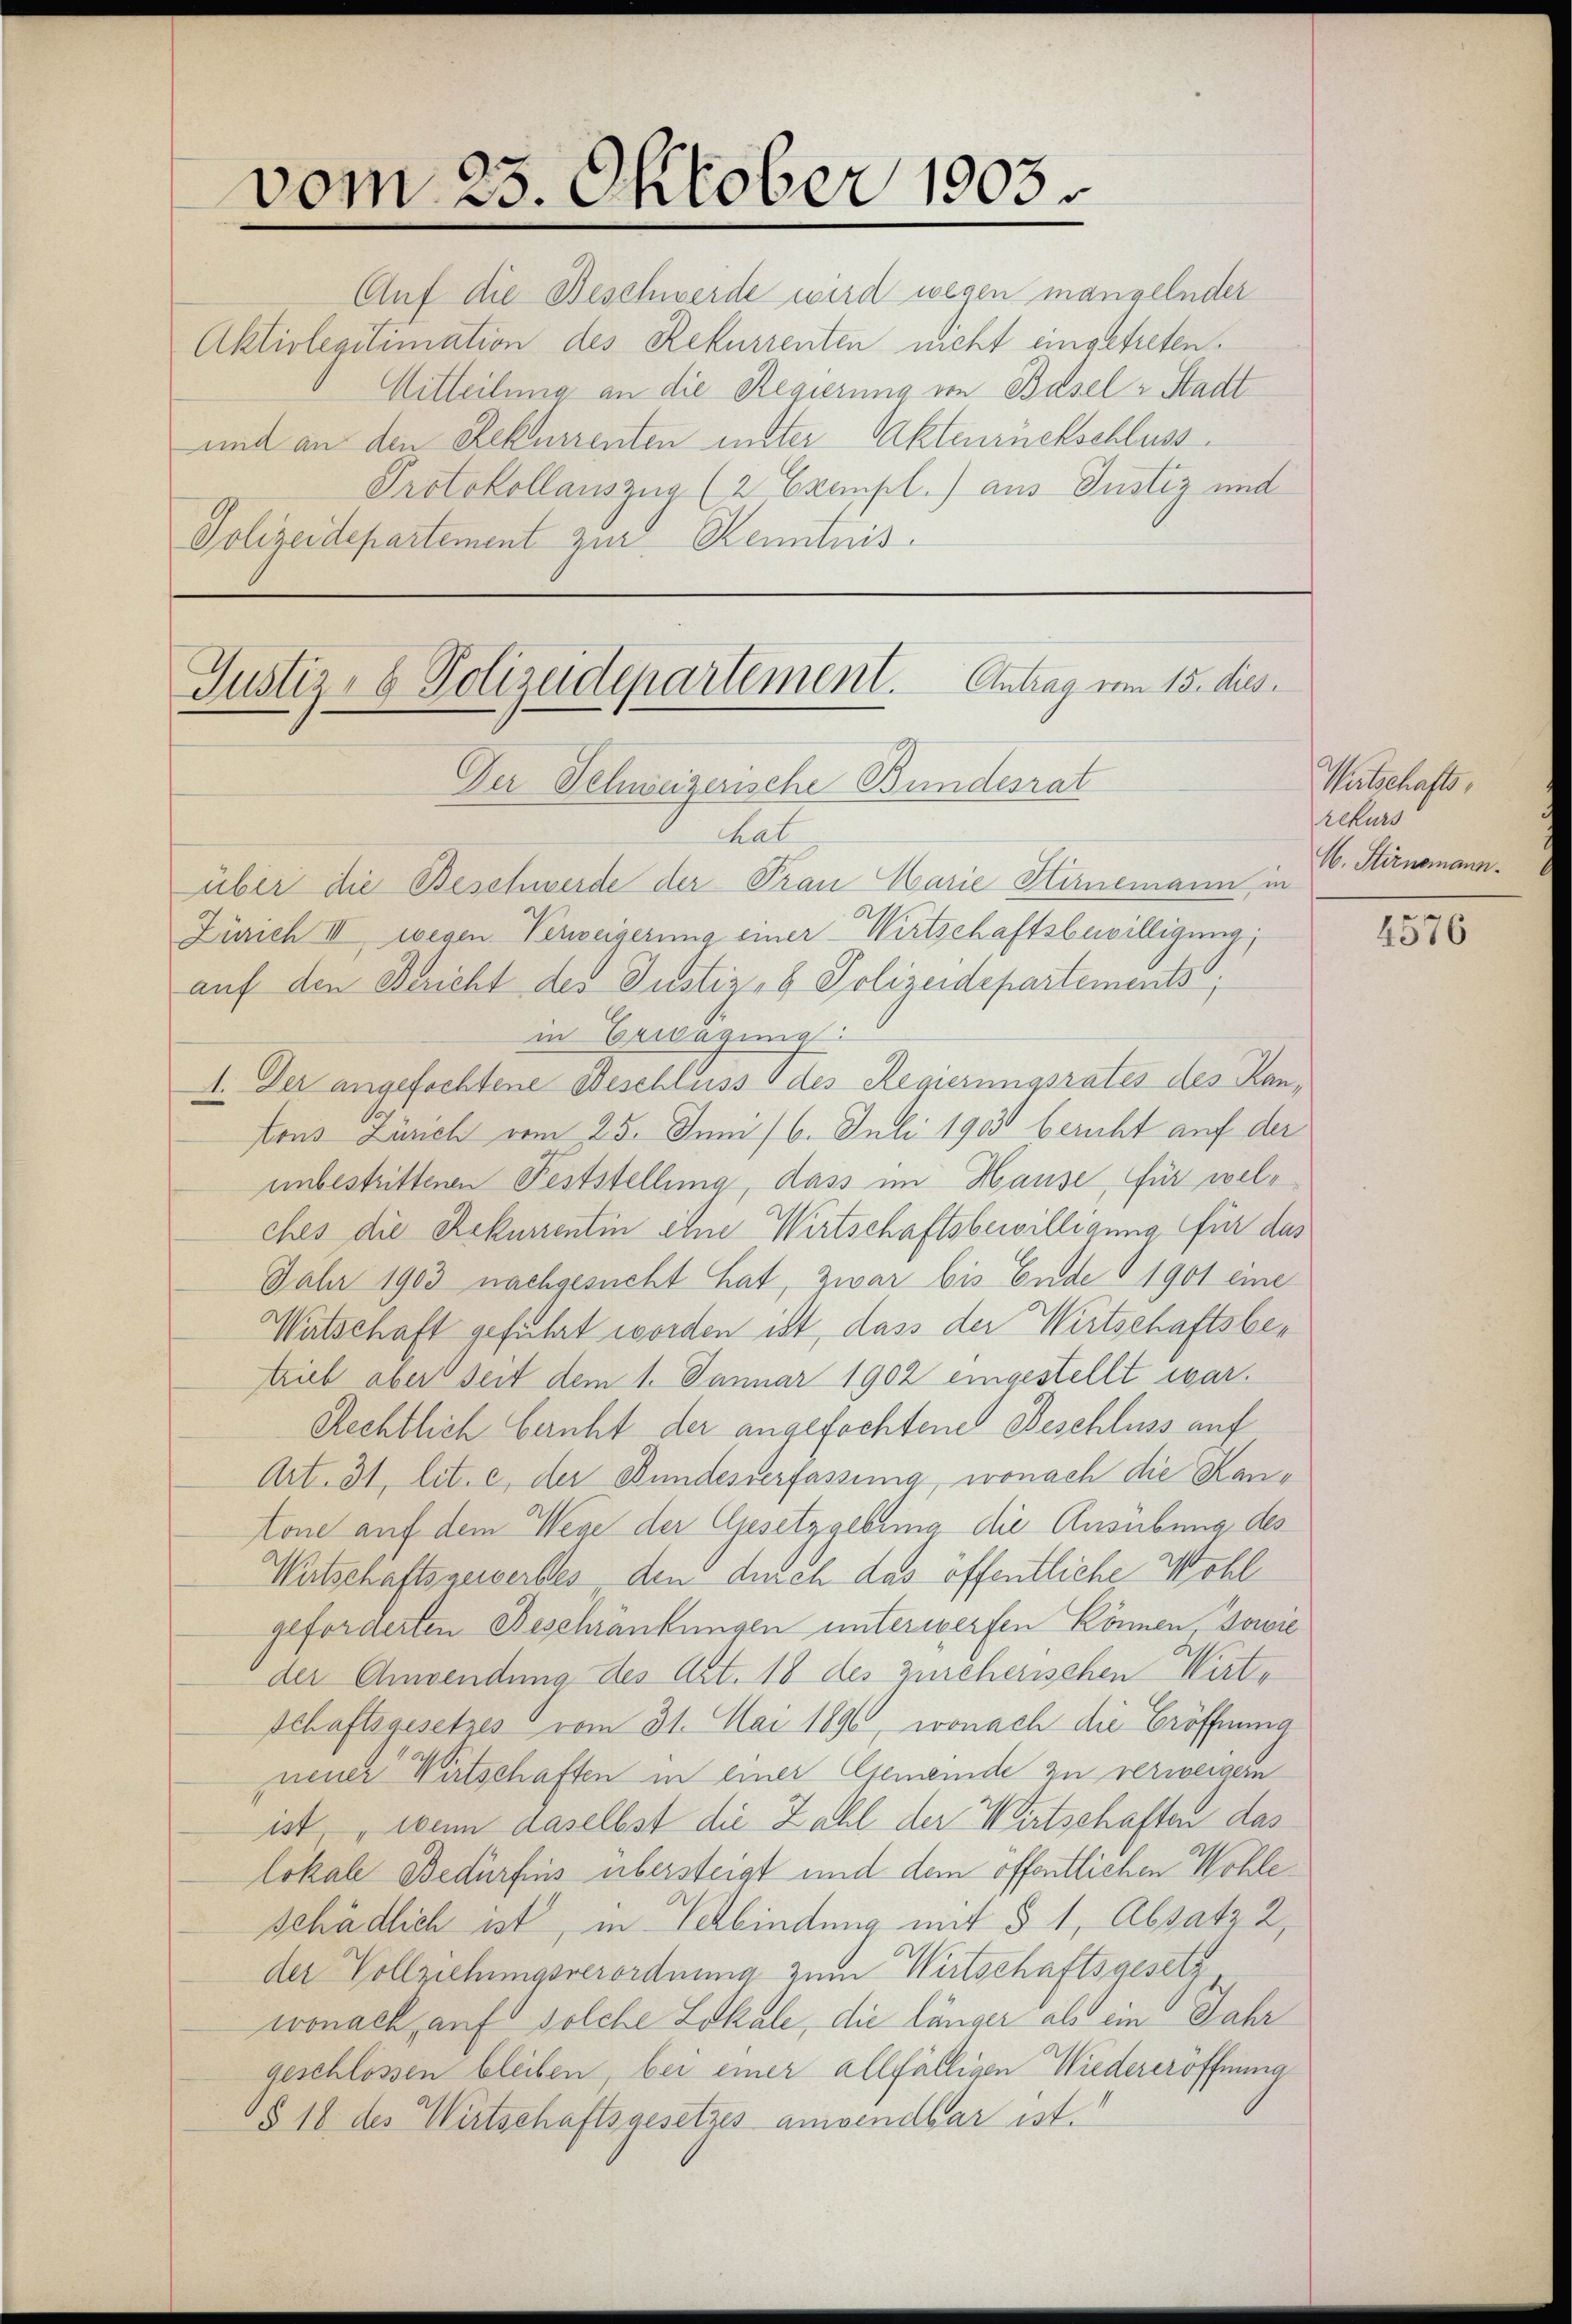
vom 25. Oktober 1903

Auf die Beschwerde wird wegen mangelnder
Aktiolegitimation des Rekurrenten nicht eingetreten.
Mitteilung an die Regierung von Basel-Stadt
und an den Rekurrenten inster Aktenrückschluss.
Protokollauszua (2 Exempl.) aus Justiz und
Polizeidepartement zur Kenntnis.

Justiz- & Polizeidepartement. Antrag vom 15. dies

Der Schweizerische Bundesrat
hal
über die Beschwerde der Trau Marie Stirnemann, in
Zürich III wegen Verweigerung einer Wirtschaftsbewilligung;
auf den Bericht des Justiz- & Polizeidepartements,
in Erwägung
1. Der angefochtene Beschluss des Regierungsrates des Hantons Zürich vom 25. Juni 16. Juli 1903 bericht auf der
unbestrittenen Feststellung, dass im Hause, für welches die Rekurrentin eine Wirtschaftsbewilligung für das
Jahr 1903 nachgesucht hat, zwar bis Ende 1901 eine
Watschaft geführt worden ist, dass der Wirtschaftsber
trieb aber seit dem 1. Januar 1902 eingestellt war.
Rechtlich beruht der angefochtene Beschluss auf
Art. 31, lit. c, der Bundesverfassung, wonach die Kantone auf dem Wege der Gesetzgebung die Ausübung des
Wirtschaftsgewerkes den durch das öffentliche Wohl
geforderten Beschränkungen unterwerfen können, sowie
der Anwendung des Art. 18 des Zürcherischen Wirt,
Schaftsgesetzes vom 31. Mai 1890, wonach die Eröffnung
nener Wirtschaften in einer Gemeinde zu verweigen
ist, wenn daselbst die Zahl der Wirtschaften das
lokale Bedürfnis übersteigt und dem öffentlichen Wohleschädlich ist, in Verbindung mit § 1, Absatz 2,
der Vollziehungsverordnung zum Wirtschaftsgesetz
wonach, auf solche Lokale, die länger als ein Jahr
geschlossen bleiben, bei einer allfälligen Wiedereröffnung
§ 18 des Wirtschaftsgesetzes anwendbar ist.

Wirtschaftsrekurs
16. Stirnemann.

4576